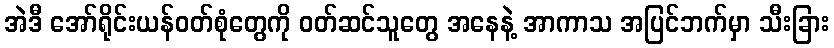
အဲဒီ အော်ရိုင်းယန်ဝတ်စုံတွေကို ဝတ်ဆင်သူတွေ အနေနဲ့ အာကာသ အပြင်ဘက်မှာ သီးခြား